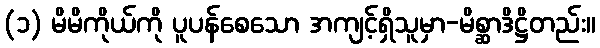
(၁) မိမိကိုယ်ကို ပူပန်စေသော အကျင့်ရှိသူမှာ-မိစ္ဆာဒိဋ္ဌိတည်း။